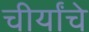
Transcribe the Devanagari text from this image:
चीर्यांचे